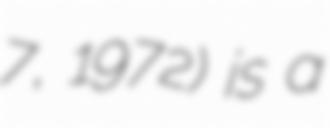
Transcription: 7, 1972) is a